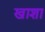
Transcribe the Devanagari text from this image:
खाशा